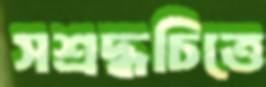
সশ্রদ্ধচিত্তে